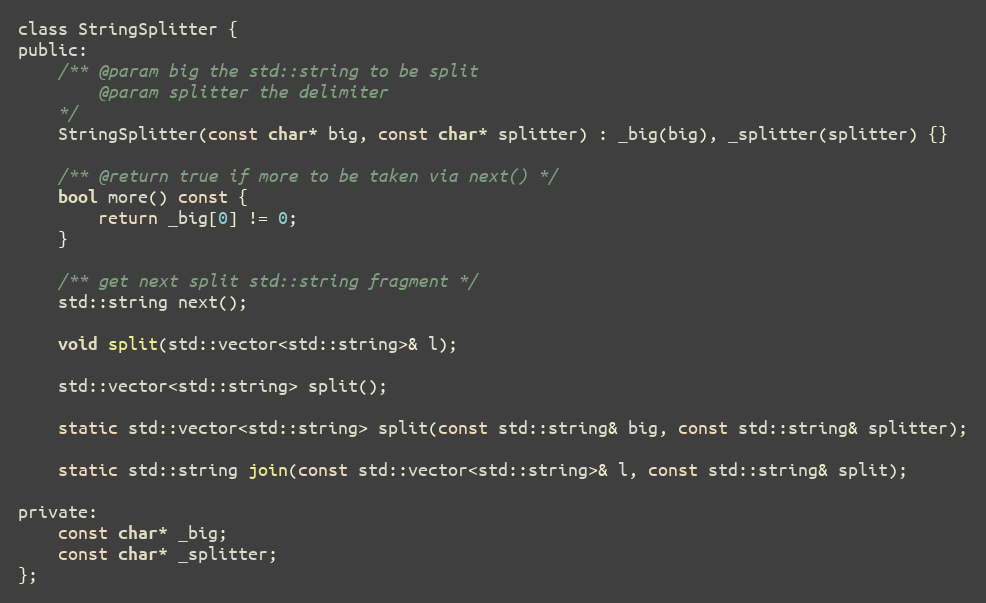
Language: C
class StringSplitter {
public:
    /** @param big the std::string to be split
        @param splitter the delimiter
    */
    StringSplitter(const char* big, const char* splitter) : _big(big), _splitter(splitter) {}

    /** @return true if more to be taken via next() */
    bool more() const {
        return _big[0] != 0;
    }

    /** get next split std::string fragment */
    std::string next();

    void split(std::vector<std::string>& l);

    std::vector<std::string> split();

    static std::vector<std::string> split(const std::string& big, const std::string& splitter);

    static std::string join(const std::vector<std::string>& l, const std::string& split);

private:
    const char* _big;
    const char* _splitter;
};